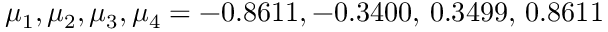
\mu _ { 1 } , \mu _ { 2 } , \mu _ { 3 } , \mu _ { 4 } = - 0 . 8 6 1 1 , - 0 . 3 4 0 0 , \, 0 . 3 4 9 9 , \, 0 . 8 6 1 1